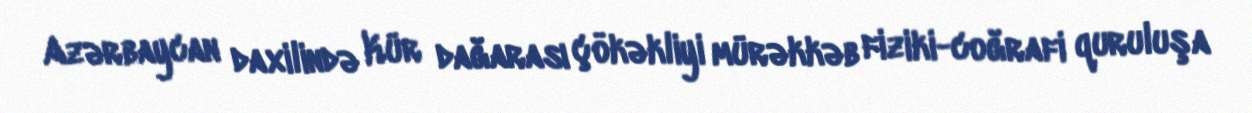
Azərbaycan daxilində Kür dağarası çökəkliyi mürəkkəb fiziki-coğrafi quruluşa